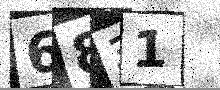
Text: 6831